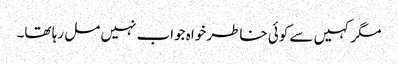
مگر کہیں سے کوئی خاطر خواہ جواب نہیں مل رہا تھا۔